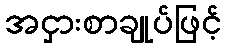
အငှားစာချုပ်ဖြင့်